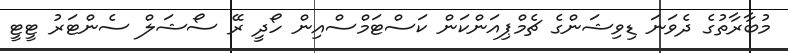
މުބާރާތުގެ ދެވަނަ ޑިވިޝަންގެ ޗެމްޕިއަންކަން ކަސްޓަމްސްއިން ހޯދީ ރޭ ސޯޝަލް ސެންޓަރު ޓީޓީ